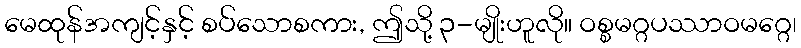
မေထုန်အကျင့်နှင့် စပ်သောစကား, ဤသို့ ၃-မျိုးဟူလို။ ဝစ္စမဂ္ဂပဿာဝမဂ္ဂေ၊